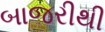
બાજરીથી